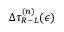
\Delta \tau _ { R - L } ^ { ( n ) } ( \epsilon )